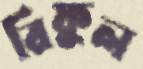
রিফুল